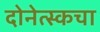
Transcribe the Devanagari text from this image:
दोनेत्स्कचा